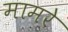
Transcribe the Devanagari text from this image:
मामरे